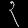
Digit: ၃